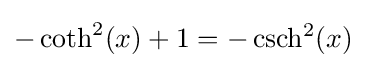
-\coth ^{2}(x)+1=-\operatorname {csch^{2}} (x)